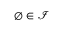
\emptyset \in { \mathcal { I } }